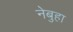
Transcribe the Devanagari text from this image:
नेबुहा